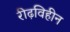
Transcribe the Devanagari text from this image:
रीढ़विहीन